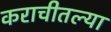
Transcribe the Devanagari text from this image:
कराचीतल्या